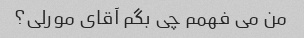
من می فهمم چی بگم آقای مورلی؟